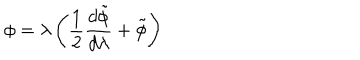
LaTeX: \phi = \lambda \left( \frac { 1 } { 2 } \frac { d \tilde { \phi } } { d \lambda } + \tilde { \phi } \right)